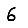
Digit: 6